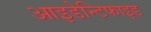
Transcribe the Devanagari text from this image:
आइडेन्टिफाइड